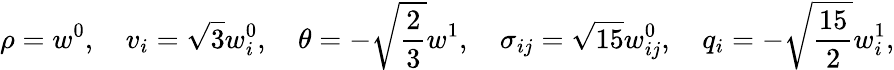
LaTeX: \rho=w^{0},\quad v_{i}=\sqrt{3}w_{i}^{0},\quad\theta=-\sqrt{\frac{2}{3}}w^{1},\quad\sigma_{ij}=\sqrt{15}w_{ij}^{0},\quad q_{i}=-\sqrt{\frac{15}{2}}w_{i}^{1},